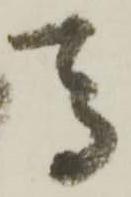
馬